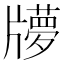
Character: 𤘂